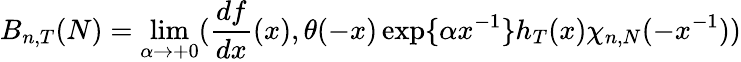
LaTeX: B_{n,T}(N)=\operatorname*{lim}_{\alpha\rightarrow+0}(\frac{df}{dx}(x),\theta(-x)\exp\{ \alpha x^{-1}\} h_{T}(x)\chi_{n,N}(-x^{-1}))